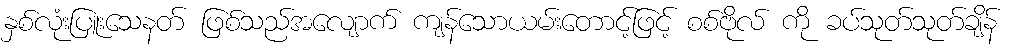
နှစ်လုံးပြူးသေနတ် ဖြစ်သည်အလျောက် ကျန်သောယမ်းတောင့်ဖြင့် စစ်ဗိုလ် ကို ခပ်သုတ်သုတ်ချိန်